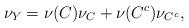
LaTeX: \begin{align*}\nu_Y = \nu(C) \nu_C + \nu(C^c) \nu_{C^c},\end{align*}